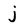
Character: j